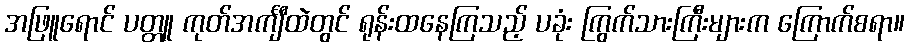
အဖြူရောင် ပတ္တူ ကုတ်အင်္ကျီထဲတွင် ရုန်းထနေကြသည့် ပခုံး ကြွက်သားကြီးများက ကြောက်စရာ။